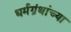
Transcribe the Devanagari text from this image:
धर्मग्रंथांच्या